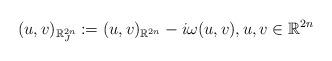
LaTeX: \begin{align*}(u,v)_{\mathbb{R}^{2n}_J}:= (u,v)_{\mathbb{R}^{2n}}-i\omega(u,v),u,v\in\mathbb{R}^{2n}\end{align*}